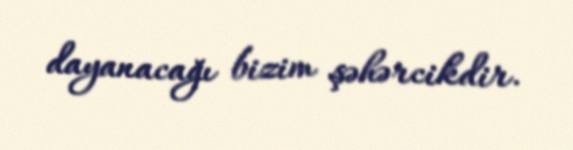
dayanacağı bizim şəhərcikdir.